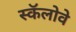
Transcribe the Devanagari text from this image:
स्कॅलोवे